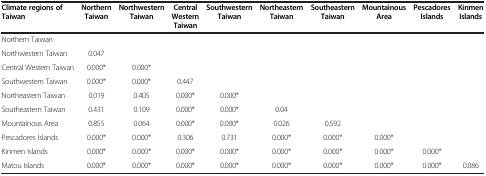
| Climate regions of Taiwan | Northern Taiwan | Northwestern Taiwan | Central Western Taiwan | Southwestern Taiwan | Northeastern Taiwan | Southeastern Taiwan | Mountainous Area | Pescadores Islands | Kinmen Islands |
 | --- | --- | --- | --- | --- | --- | --- | --- | --- | --- |
 | Northern Taiwan |  |  |  |  |  |  |  |  |  |
 | Northwestern Taiwan | 0.047 |  |  |  |  |  |  |  |  |
 | Central Western Taiwan | 0.000* | 0.000* |  |  |  |  |  |  |  |
 | Southwestern Taiwan | 0.000* | 0.000* | 0.447 |  |  |  |  |  |  |
 | Northeastern Taiwan | 0.019 | 0.405 | 0.000* | 0.000* |  |  |  |  |  |
 | Southeastern Taiwan | 0.431 | 0.109 | 0.000* | 0.000* | 0.04 |  |  |  |  |
 | Mountainous Area | 0.855 | 0.064 | 0.000* | 0.000* | 0.026 | 0.592 |  |  |  |
 | Pescadores Islands | 0.000* | 0.000* | 0.306 | 0.731 | 0.000* | 0.000* | 0.000* |  |  |
 | Kinmen Islands | 0.000* | 0.000* | 0.000* | 0.000* | 0.000* | 0.000* | 0.000* | 0.000* |  |
 | Matou Islands | 0.000* | 0.000* | 0.000* | 0.000* | 0.000* | 0.000* | 0.000* | 0.000* | 0.086 |